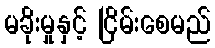
မခိုးမှုနှင့် ငြိမ်းစေမည်